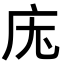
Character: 𭙓